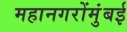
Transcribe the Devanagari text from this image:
महानगरोंमुंबई